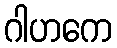
ဂါဟကေ